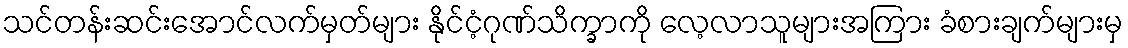
သင်တန်းဆင်းအောင်လက်မှတ်များ နိုင်ငံ့ဂုဏ်သိက္ခာကို လေ့လာသူများအကြား ခံစားချက်များမှ